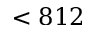
< 8 1 2